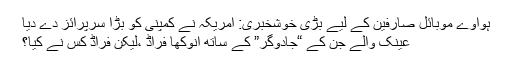
ہواوے موبائل صارفین کے لیے بڑی خوشخبری: امریکہ نے کمپنی کو بڑا سرپرائز دے دیا
عینک والے جن کے “جادوگر” کے ساتھ انوکھا فراڈ ،لیکن فراڈ کس نے کیا؟